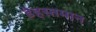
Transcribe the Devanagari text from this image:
डेहस्तमान